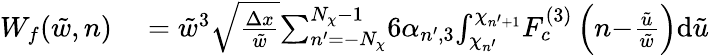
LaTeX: \begin{array}{rl}{W_{f}(\tilde{w},n)}&{{}=\tilde{w}^{3}\sqrt{\frac{\Delta x}{\tilde{w}}}{\sum_{n^{\prime}=-N_{\chi}}^{N_{\chi}-1}}{6\alpha_{n^{\prime},3}}{\int_{\chi_{n^{\prime}}}^{\chi_{n^{\prime}+1}}}F_{c}^{(3)}\left(n{-}\frac{\tilde{u}}{\tilde{w}}\right)\mathrm{d}\tilde{u}}\end{array}